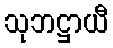
သုဘဋ္ဌာယီ